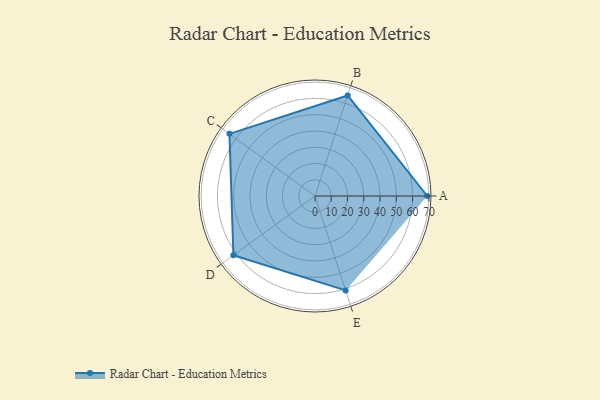
{"axis": {"x": "Skill", "y": "Score"}, "legend": ["Profile"], "data": [{"x": "A", "y": 69.0, "type": "Profile"}, {"x": "B", "y": 65.0, "type": "Profile"}, {"x": "C", "y": 65.0, "type": "Profile"}, {"x": "D", "y": 62.0, "type": "Profile"}, {"x": "E", "y": 61.0, "type": "Profile"}]}